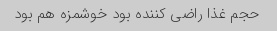
حجم غذا راضی کننده بود خوشمزه هم بود